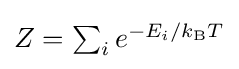
\textstyle Z=\sum _{i}e^{-E_{i}/k_{\text{B}}T}